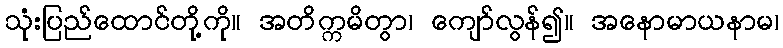
သုံးပြည်ထောင်တို့ကို။ အတိက္ကမိတွာ၊ ကျော်လွန်၍။ အနောမာယနာမ၊